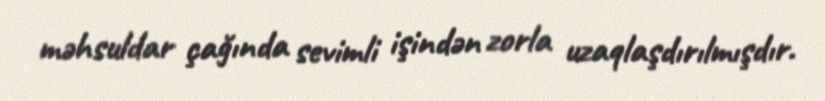
məhsuldar çağında sevimli işindən zorla uzaqlaşdırılmışdır.